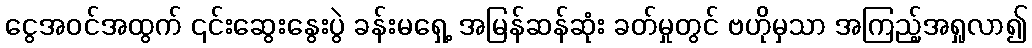
ငွေအဝင်အထွက် ၎င်းဆွေးနွေးပွဲ ခန်းမရှေ့ အမြန်ဆန်ဆုံး ခတ်မှုတွင် ဗဟိုမှသာ အကြည့်အရှုလာ၍